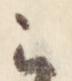
云